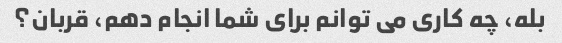
بله، چه کاری می توانم برای شما انجام دهم، قربان؟